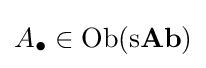
A_{\bullet }\in {\text{Ob}}({\text{s}}{\textbf {Ab}})